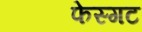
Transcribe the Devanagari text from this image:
फेस्गट